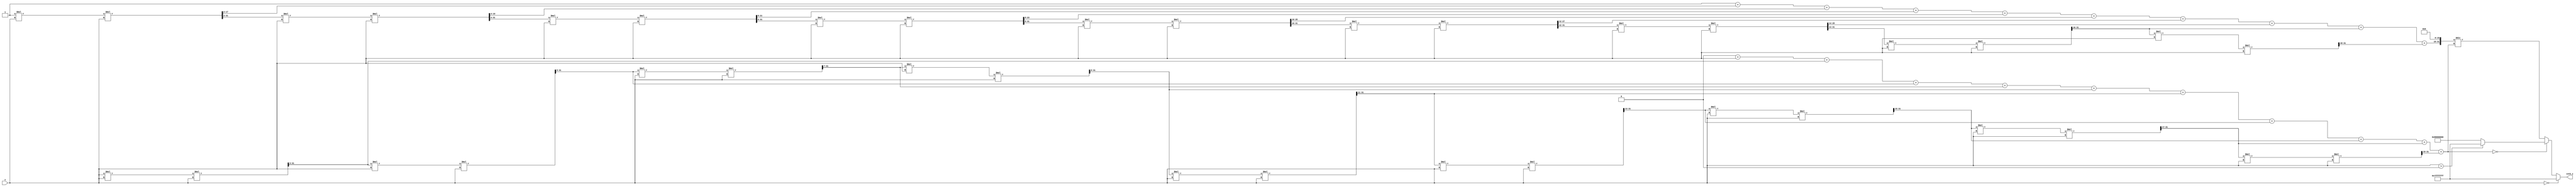
module coth (
    input  wire [31:0] x,          // 16 bits integer, 16 bits fractional
    output reg  [31:0] coth_x      // 16 bits integer, 16 bits fractional
);

    // Constants for fixed-point representation
    parameter FIXED_POINT_FRACTIONAL_BITS = 16;
    parameter FIXED_POINT_INTEGER_BITS = 16;

    // Internal signals for cosh and sinh
    reg [31:0] cosh_x;
    reg [31:0] sinh_x;
    reg [31:0] temp_coth;

    // Function to calculate cosh(x) using Taylor series expansion
    function [31:0] compute_cosh;
        input [31:0] x;
        reg [31:0] term;
        reg [31:0] sum;
        integer i;
        begin
            sum = 32'h00000000; // Initialize sum
            term = 32'h00000001; // First term (x^0 / 0!)
            sum = sum + term; // Add first term
            
            // Calculate up to 10 terms for better accuracy
            for (i = 1; i < 10; i = i + 1) begin
                term = (term * x * x) >> (2 * i); // x^2n / (2n)!
                sum = sum + term;
            end
            compute_cosh = sum;
        end
    endfunction

    // Function to calculate sinh(x) using Taylor series expansion
    function [31:0] compute_sinh;
        input [31:0] x;
        reg [31:0] term;
        reg [31:0] sum;
        integer i;
        begin
            sum = 32'h00000000; // Initialize sum
            term = x; // First term (x^1 / 1!)
            sum = sum + term; // Add first term
            
            // Calculate up to 10 terms for better accuracy
            for (i = 1; i < 10; i = i + 1) begin
                term = (term * x * x) >> (2 * i + 1); // x^(2n+1) / (2n+1)!
                sum = sum + term;
            end
            compute_sinh = sum;
        end
    endfunction

    always @(*) begin
        // Handle special case for x = 0
        if (x == 32'h00000000) begin
            coth_x = 32'h7FFFFFFF; // Return large positive value for coth(0)
        end else begin
            // Compute cosh(x) and sinh(x)
            cosh_x = compute_cosh(x);
            sinh_x = compute_sinh(x);

            // Check for overflow/underflow before division
            if (sinh_x == 32'h00000000) begin
                // Handle division by zero
                if (x > 32'h00000000) begin
                    coth_x = 32'h7FFFFFFF; // Large positive value
                end else begin
                    coth_x = 32'h80000000; // Large negative value
                end
            end else begin
                // Compute coth(x) = cosh(x) / sinh(x) using fixed-point division
                temp_coth = (cosh_x << FIXED_POINT_FRACTIONAL_BITS) / sinh_x; // Scale for fixed-point
                coth_x = temp_coth;
            end
        end
    end

endmodule